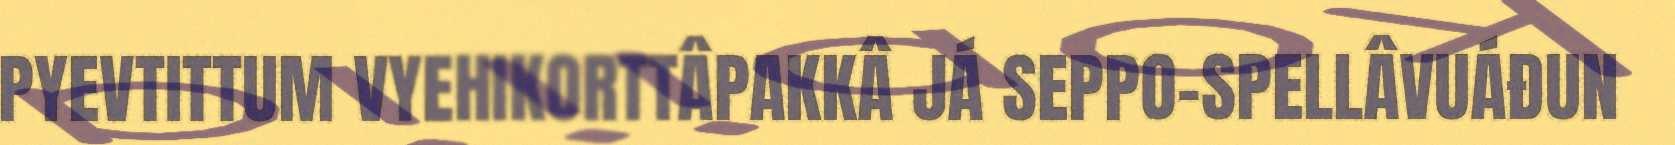
PYEVTITTUM VYEHIKORTTÂPAKKÂ JÁ SEPPO-SPELLÂVUÁĐUN